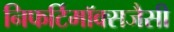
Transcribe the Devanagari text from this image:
निफर्टिमॉक्सजैसी